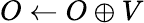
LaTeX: O\leftarrow O\oplus V